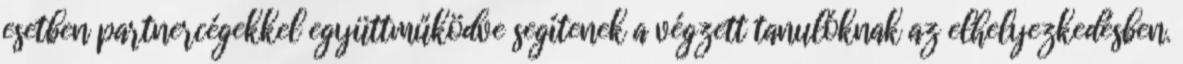
esetben partnercégekkel együttműködve segítenek a végzett tanulóknak az elhelyezkedésben.